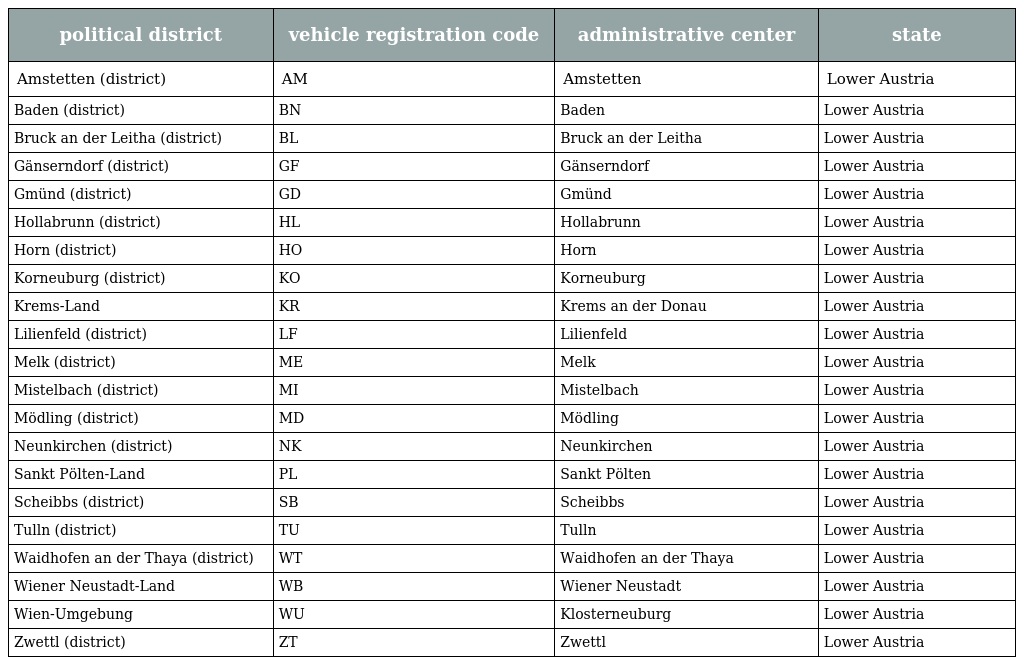
| political district | vehicle registration code | administrative center | state |
 | --- | --- | --- | --- |
 | Amstetten (district) | AM | Amstetten | Lower Austria |
 | Baden (district) | BN | Baden | Lower Austria |
 | Bruck an der Leitha (district) | BL | Bruck an der Leitha | Lower Austria |
 | Gänserndorf (district) | GF | Gänserndorf | Lower Austria |
 | Gmünd (district) | GD | Gmünd | Lower Austria |
 | Hollabrunn (district) | HL | Hollabrunn | Lower Austria |
 | Horn (district) | HO | Horn | Lower Austria |
 | Korneuburg (district) | KO | Korneuburg | Lower Austria |
 | Krems-Land | KR | Krems an der Donau | Lower Austria |
 | Lilienfeld (district) | LF | Lilienfeld | Lower Austria |
 | Melk (district) | ME | Melk | Lower Austria |
 | Mistelbach (district) | MI | Mistelbach | Lower Austria |
 | Mödling (district) | MD | Mödling | Lower Austria |
 | Neunkirchen (district) | NK | Neunkirchen | Lower Austria |
 | Sankt Pölten-Land | PL | Sankt Pölten | Lower Austria |
 | Scheibbs (district) | SB | Scheibbs | Lower Austria |
 | Tulln (district) | TU | Tulln | Lower Austria |
 | Waidhofen an der Thaya (district) | WT | Waidhofen an der Thaya | Lower Austria |
 | Wiener Neustadt-Land | WB | Wiener Neustadt | Lower Austria |
 | Wien-Umgebung | WU | Klosterneuburg | Lower Austria |
 | Zwettl (district) | ZT | Zwettl | Lower Austria |